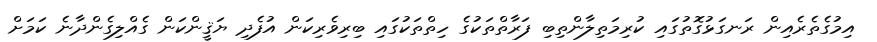
އިމުގެތެރެއިން ރަނގަޅުގޮތުގައި ކުރިމަތިލާންތިބި ފަރާތްތަކުގެ ހިތްތަކުގައި ބިރިވެރިކަން އުފެދި ޔަޤީންކަން ގެއްލިގެންދާނެ ކަމަށް